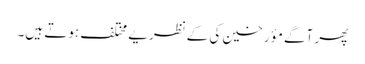
پھر آگے مؤرخین کی کےنظریے مختلف ہوتے ہیں۔